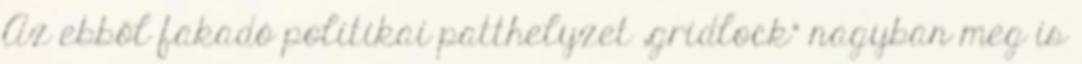
Az ebből fakadó politikai patthelyzet „gridlock” nagyban meg is